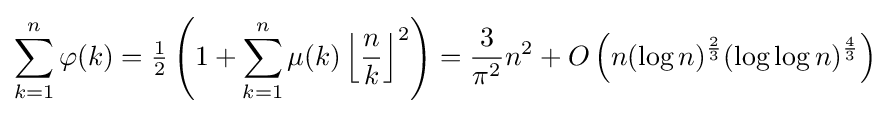
\sum _{k=1}^{n}\varphi (k)={\tfrac {1}{2}}\left(1+\sum _{k=1}^{n}\mu (k)\left\lfloor {\frac {n}{k}}\right\rfloor ^{2}\right)={\frac {3}{\pi ^{2}}}n^{2}+O\left(n(\log n)^{\frac {2}{3}}(\log \log n)^{\frac {4}{3}}\right)